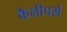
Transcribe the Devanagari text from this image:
कैलीपर्स